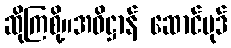
ဆိုကြစို့။အဓိဋ္ဌာန် ဆောင်ပုဒ်